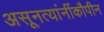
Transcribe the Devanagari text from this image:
असूनत्यांनींकौपीन